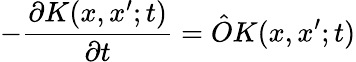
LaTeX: -{\frac{\partial K(x,x^{\prime};t)}{\partial t}}={\hat{O}}K(x,x^{\prime};t)